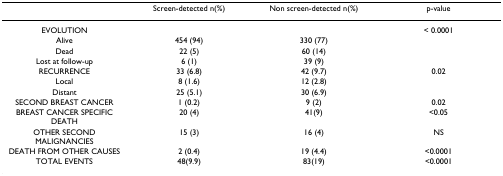
|  | Screen-detected n(%) | Non screen-detected n(%) | p-value |
 | --- | --- | --- | --- |
 | EVOLUTION |  |  | < 0.0001 |
 | Alive | 454 (94) | 330 (77) |  |
 | Dead | 22 (5) | 60 (14) |  |
 | Lost at follow-up | 6 (1) | 39 (9) |  |
 | RECURRENCE | 33 (6.8) | 42 (9.7) | 0.02 |
 | Local | 8 (1.6) | 12 (2.8) |  |
 | Distant | 25 (5.1) | 30 (6.9) |  |
 | SECOND BREAST CANCER | 1 (0.2) | 9 (2) | 0.02 |
 | BREAST CANCER SPECIFIC DEATH | 20 (4) | 41(9) | <0.05 |
 | OTHER SECOND MALIGNANCIES | 15 (3) | 16 (4) | NS |
 | DEATH FROM OTHER CAUSES | 2 (0.4) | 19 (4.4) | <0.0001 |
 | TOTAL EVENTS | 48(9.9) | 83(19) | <0.0001 |